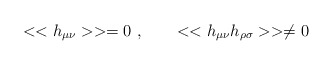
\begin{align*}<<h_{\mu\nu}>>=0~, \qquad <<h_{\mu\nu}h_{\rho\sigma}>> \ne 0\end{align*}